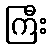
ကြီး